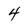
Character: 4